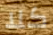
كلا